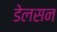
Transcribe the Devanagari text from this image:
डेलसन